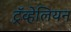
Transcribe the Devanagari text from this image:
ट्रॅव्हेलियन